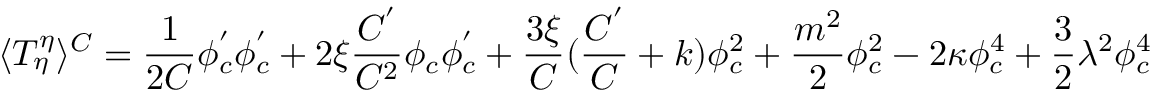
\langle T _ { \eta } ^ { \eta } \rangle ^ { C } = \frac 1 { 2 C } \phi _ { c } ^ { ^ { \prime } } \phi _ { c } ^ { ^ { \prime } } + 2 \xi \frac { C ^ { ^ { \prime } } } { C ^ { 2 } } \phi _ { c } \phi _ { c } ^ { ^ { \prime } } + \frac { 3 \xi } C ( \frac { C ^ { ^ { \prime } } } C + k ) \phi _ { c } ^ { 2 } + \frac { m ^ { 2 } } 2 \phi _ { c } ^ { 2 } - 2 \kappa \phi _ { c } ^ { 4 } + \frac 3 2 \lambda ^ { 2 } \phi _ { c } ^ { 4 }